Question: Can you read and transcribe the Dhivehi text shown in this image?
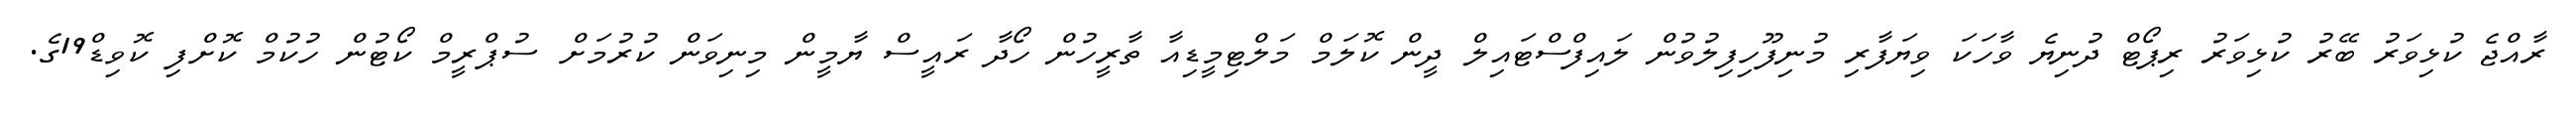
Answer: ރާއްޖެ ކުޅިވަރު ބޭރު ކުޅިވަރު ރިޕޯޓް ދުނިޔެ ވާހަކަ ވިޔަފާރި މުނިފޫހިފިލުވުން ލައިފްސްޓައިލް ދީން ކޮލަމް މަލްޓިމީޑިއާ ތާރީހުން ހޯދާ ރައީސް ޔާމީން މިނިވަން ކުރުމަށް ސުޕްރީމް ކޯޓުން ހުކުމް ކޮށްފި ކޮވިޑް19ގެ.